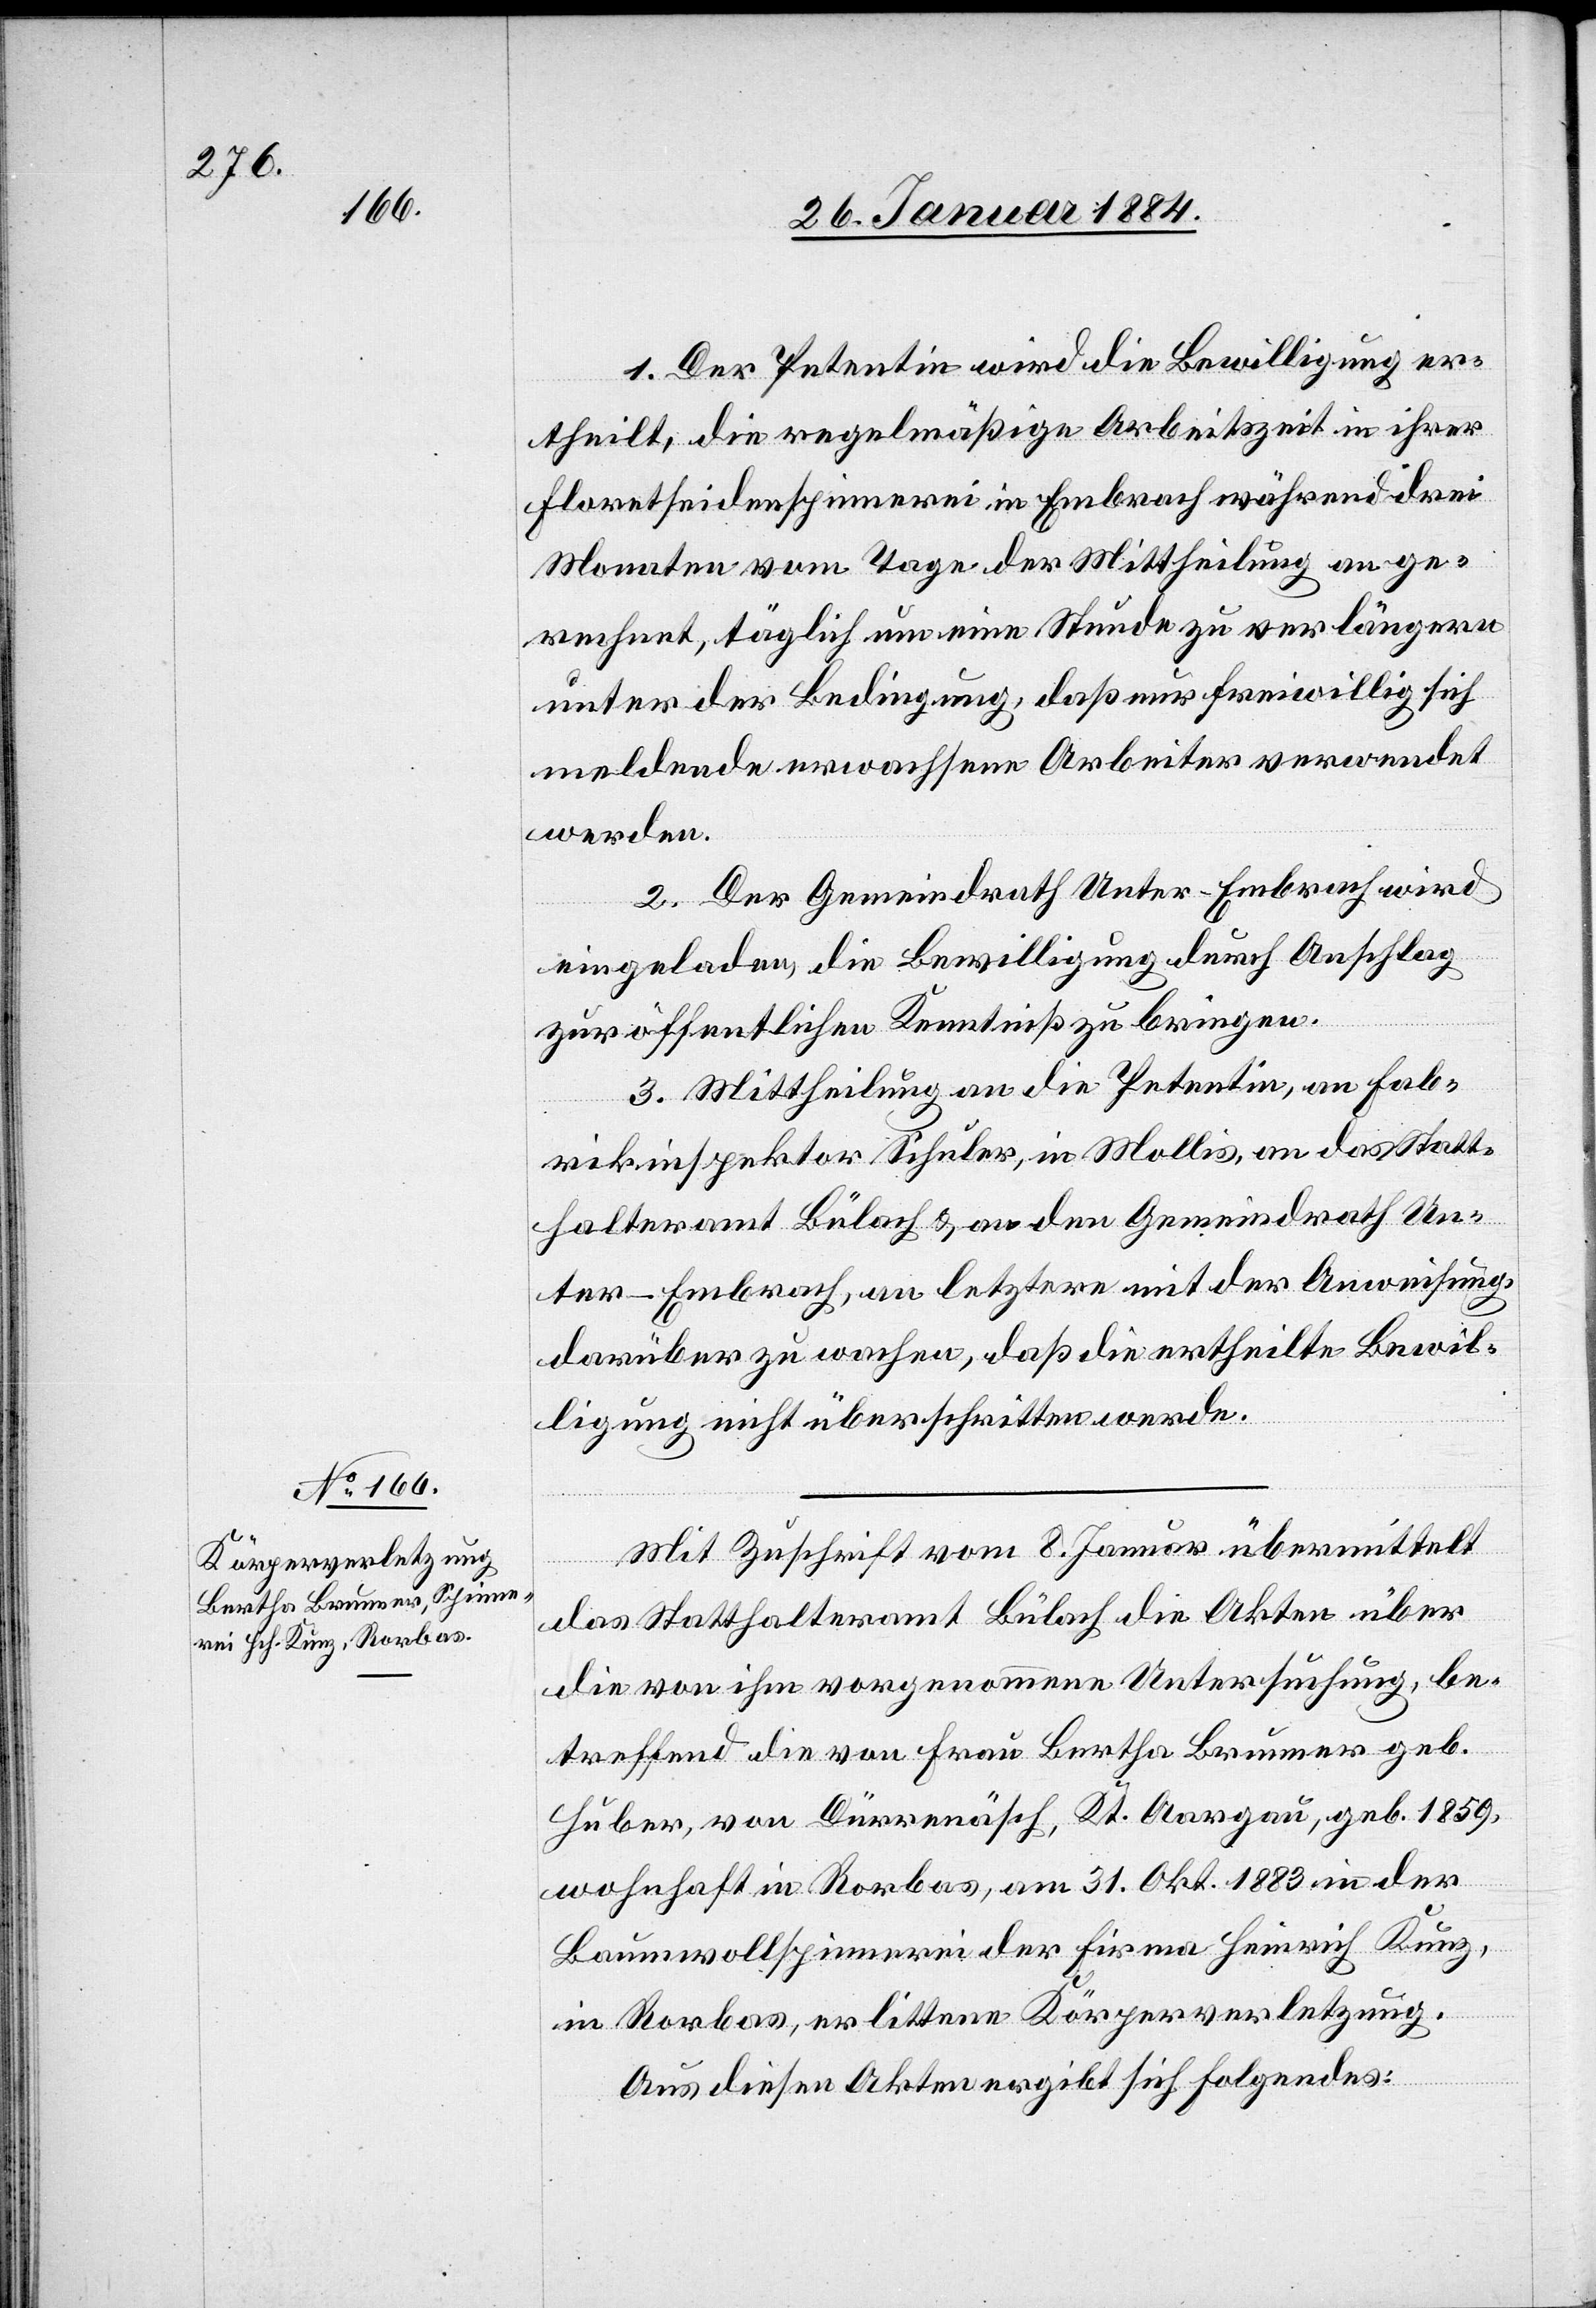
1. Der Petentin wird die Bewilligung er¬
theilt, die regelmäßige Arbeitszeit in ihrer
Floretseidenspinnerei im Embrach während drei
Monaten vom Tage der Mittheilung an ge¬
rechnet, täglich um eine Stunde zu verlängern
unter der Bedingung, daß nur freiwillig sich
meldende erwachsene Arbeiter verwendet
werden.
2. Der Gemeindrath Unter-Embrach wird
eingeladen, die Bewilligung durch Anschlag
zur öffentlichen Kenntniß zu bringen.
3. Mittheilung an die Petentin, an Fab¬
rikinspektor Schuler, in Mollis, an das Statt¬
halteramt Bülach & an den Gemeindrath Un¬
ter-Embrach, an letztere mit der Anweisung,
darüber zu wachen, daß die ertheilte Bewil¬
ligung nicht überschritten werde.
Mit Zuschrift vom 8. Januar übermittelt
das Statthalteramt Bülach die Akten über
die von ihm vorgenommenen Untersuchung, be¬
treffend die von Frau Bertha Brunner geb.
Huber, von Dürrenäsch, Kt. Aargau, geb. 1859,
wohnhaft in Rorbas, am 31. Okt. 1883 in der
Baumwollspinnerei der Firma Heinrich Kunz,
in Rorbas, erlittenen Körperverletzung.
Aus diesen Akten ergibt sich Folgendes: